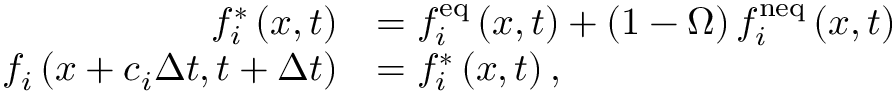
\begin{array} { r l } { f _ { i } ^ { * } \left( \boldsymbol { x } , t \right) } & { = f _ { i } ^ { \mathrm { e q } } \left( \boldsymbol { x } , t \right) + \left( 1 - \Omega \right) f _ { i } ^ { \mathrm { n e q } } \left( \boldsymbol { x } , t \right) } \\ { f _ { i } \left( \boldsymbol { x } + \boldsymbol { c } _ { i } \Delta t , t + \Delta t \right) } & { = f _ { i } ^ { * } \left( \boldsymbol { x } , t \right) , } \end{array}